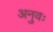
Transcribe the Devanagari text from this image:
अनुवः